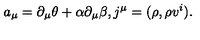
a _ { \mu } = \partial _ { \mu } \theta + \alpha \partial _ { \mu } \beta , j ^ { \mu } = ( \rho , \rho v ^ { i } ) .